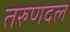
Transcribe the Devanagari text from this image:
तरुणदल